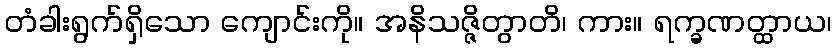
တံခါးရွက်ရှိသော ကျောင်းကို။ အနိသဇ္ဇိတွာတိ၊ ကား။ ရက္ခဏတ္ထာယ၊